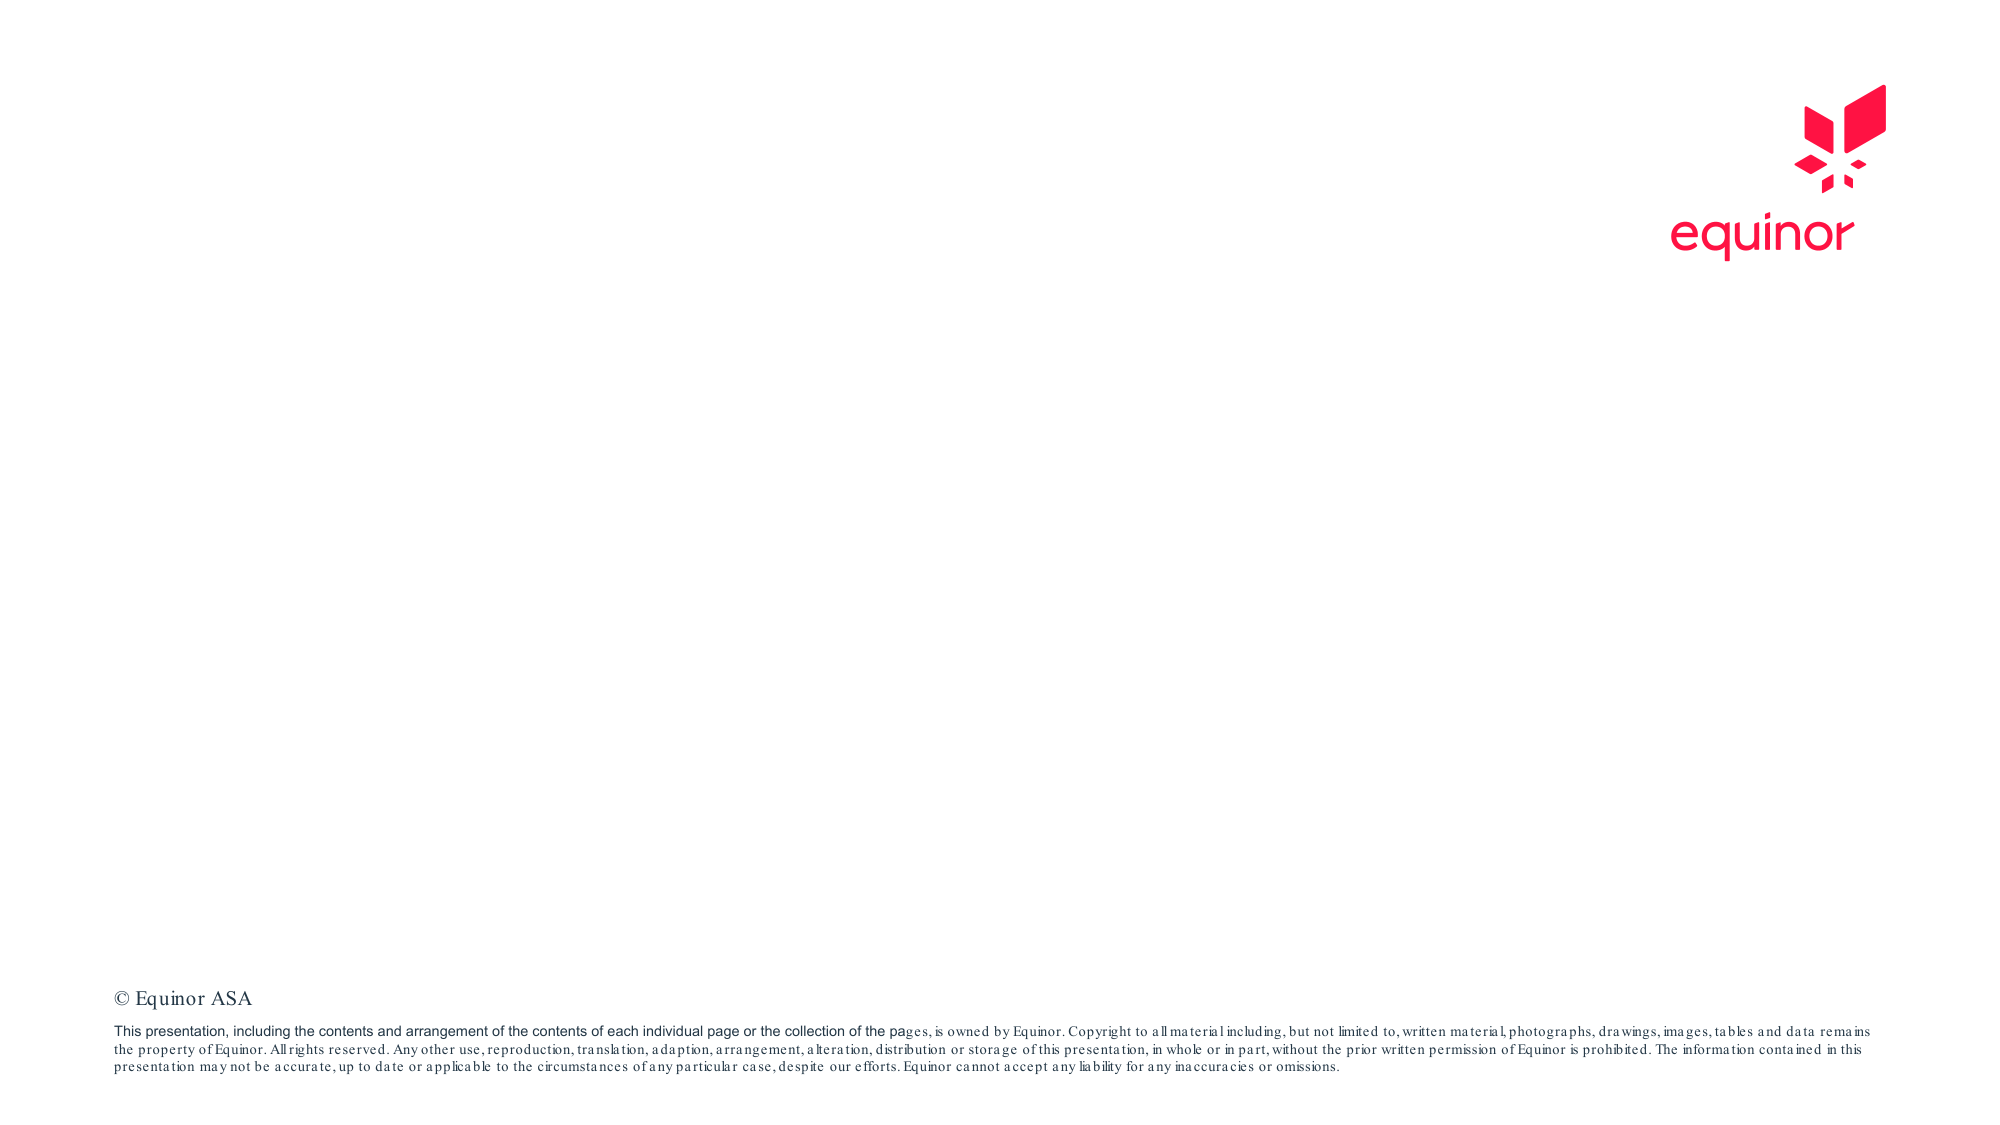
© Equinor ASA

This presentation, including the contents and arrangement of the contents of each individual page or the collection of the pages, is owned by Equinor. Copyright to all material including, but not limited to, written material, photographs, drawings, images, tables and data remains the property of Equinor. All rights reserved. Any other use, reproduction, translation, adaption, arrangement, alteration, distribution or storage of this presentation, in whole or in part, without the prior written permission of Equinor is prohibited. The information contained in this presentation may not be accurate, up to date or applicable to the circumstances of any particular case, despite our efforts. Equinor cannot accept any liability for any inaccuracies or omissions.

equinor